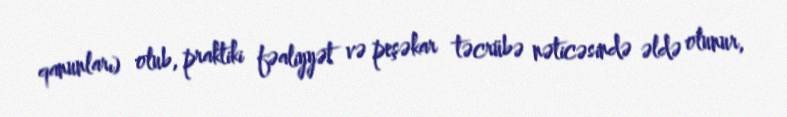
qanunları) olub, praktiki fəaliyyət və peşəkar təcrübə nəticəsində əldə olunur,